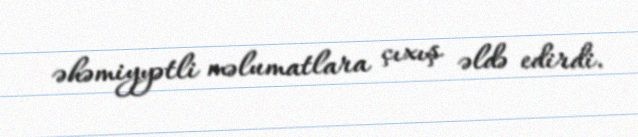
əhəmiyyətli məlumatlara çıxış əldə edirdi.